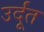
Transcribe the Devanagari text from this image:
उर्दूंत